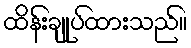
ထိန်းချုပ်ထားသည်။